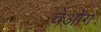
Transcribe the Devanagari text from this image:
चेओंग